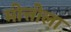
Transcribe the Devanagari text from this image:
मोत्तोला